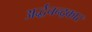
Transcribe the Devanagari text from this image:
अर्द्धचन्द्रकार